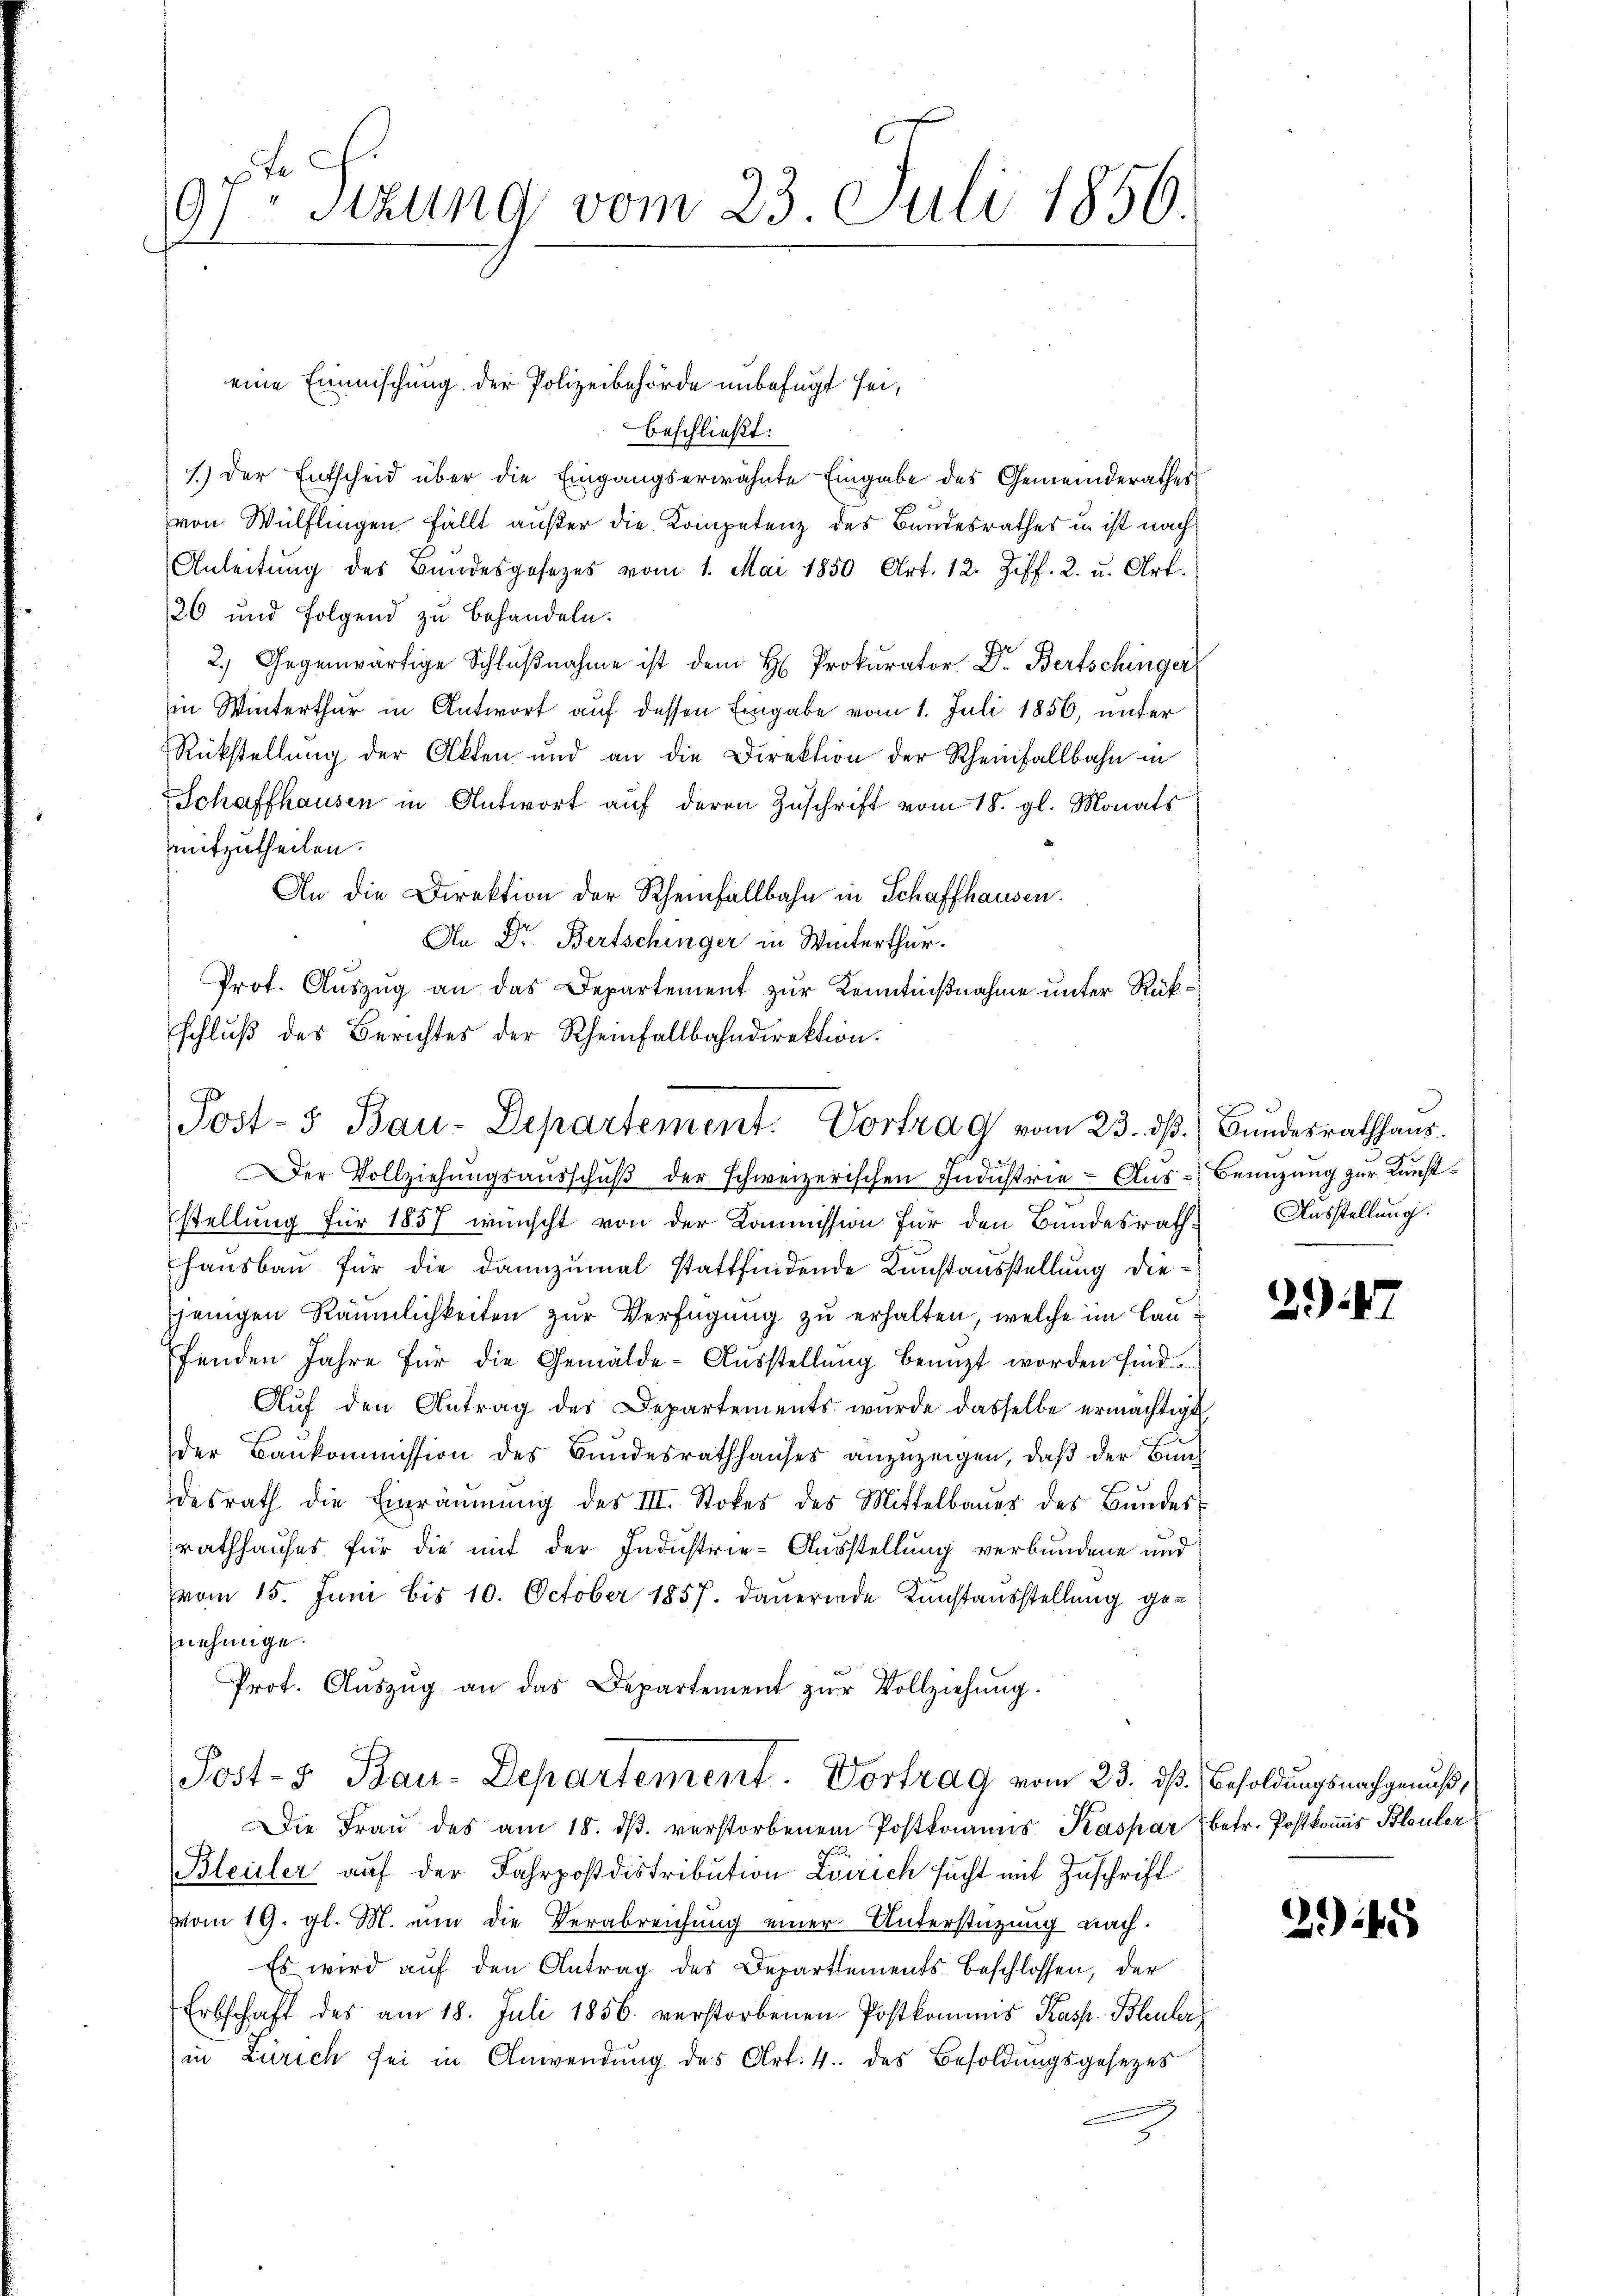
t. c.
Stzung vom 23. Juli 1850.
91

eine Einmischung der Polizeibehörde unbefugt sei,
beschließt:
1.) Der Entscheid über die Eingangserwähnte Eingabe des Gemeinderathes
von Wülflingen fällt außer die Kompetenz des Bundesrathes u. ist nach
Anleitŭng des Bundesgesetzes vom 1. Mai 1850 Art. 12. Ziff. 2. u. Art.
26 und folgend zu behandeln.
2.) Gegenwärtige Schlŭβnahme ist dem H Prokurator Dr. Bertschinger
in Winterthur in Antwort auf dessen Eingabe vom 1. Juli 1856, unter
Rückstellung der Akten und an die Direktion der Rheinfallbahn in
Schaffhausen in Antwort auf deren Zuschrift vom 18. gl. Monats
mitzutheilen.
An die Direktion der Rheinfallbahn in Schaffhausen.
An Dr. Bertschinger in Winterthur.
7
Prot. Auszug an das Departement zur Kenntnißnahme unter Rück¬
Der Vollziehŭngsausschŭβ der schweizerischen Industrie-Aŭs- Benuzung zur Kunststellung für 1857 wünscht von der Kommission für den Bundesrath Ausstellung.
Hausbau für die dannzumal stattfindende Kunstausstellung diejenigen Räumlichkeiten zur Verfügung zu erhalten, welche im Canfenden Jahre für die Gemälde-Ausstellung benuzt worden sind.
Aŭf den Antrag des Departements wurde dasselbe ermächtigt
der Baukommission des Bundesrathhauses anzuzeigen, daß der Bundesrath die Einräŭmŭng des III. Stokes des Mittelbaues des Bŭndes-
rathhauses für die mit der Industrie-Ausstellung verbundene und
vom 15. Juni bis 10. October 1857 dauernde Kunstausstellung genehmige.
Prot. Aŭszŭg an das Departement zŭr Vollziehŭng.
Post- Bau-Departement. Vortrag vom 23. dß. Besoldungsnachgenuß,
Die Fraŭ des am 18. dβ. verstorbenem Postkommis Kaspar betr. Postkomis Bleuler
Bleuler auf der Fahrpostdistribution Lörrich sucht mit Zuschrift
vom 19. gl. M. nun die Verabreichung einer Unterstützung nach.
Es wird auf den Antrag des Departements beschlossen, der
Erbschaft des am 18. Juli 1856 verstorbenen Postkommis Kasse. Bleuler
in Zürich sei in Anwendŭng des Art. 4 des Besoldŭngsgesezes

schluß des Berichtes der Rheinfallbahndirektion.
Post- & Bau-Departement. Vortrag vom 23. dß. Bundesrathhaus¬

247

2.5